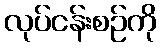
လုပ်ငန်းစဉ်ကို